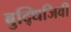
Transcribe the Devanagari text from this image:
बुद्धिजिवी